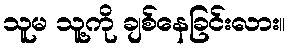
သူမ သူ့ကို ချစ်နေခြင်းလား။